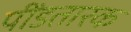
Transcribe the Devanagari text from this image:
पींडतारक